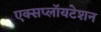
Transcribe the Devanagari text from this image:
एक्सप्लॉयटेशन